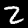
Label: 2